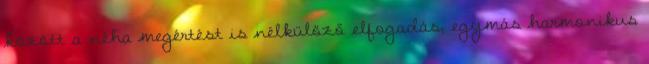
között a néha megértést is nélkülöző elfogadás, egymás harmonikus